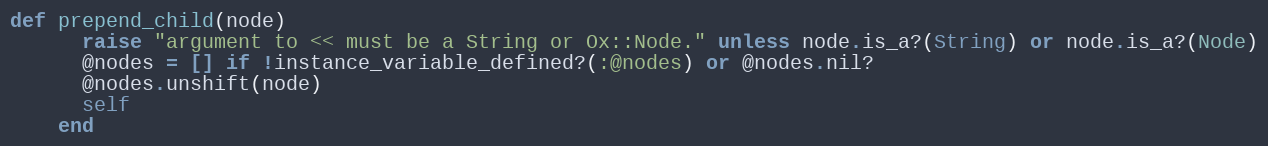
Language: Ruby
def prepend_child(node)
      raise "argument to << must be a String or Ox::Node." unless node.is_a?(String) or node.is_a?(Node)
      @nodes = [] if !instance_variable_defined?(:@nodes) or @nodes.nil?
      @nodes.unshift(node)
      self
    end